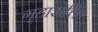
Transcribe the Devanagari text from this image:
गृहासक्ति